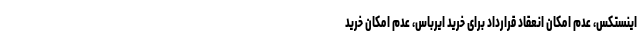
اینستکس، عدم امکان انعقاد قرارداد برای خرید ایرباس، عدم امکان خرید